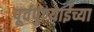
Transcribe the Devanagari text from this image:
पूर्वपुण्याईच्या